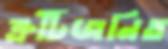
ত্রুটিজনিত